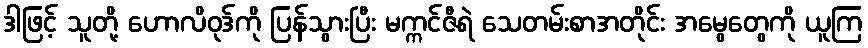
ဒါဖြင့် သူတို့ ဟောလိဝုဒ်ကို ပြန်သွားပြီး မက္ကင်ဇီရဲ သေတမ်းစာအတိုင်း အမွေတွေကို ယူကြ